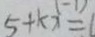
5 + k x = 1